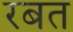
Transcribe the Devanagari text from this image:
रबत